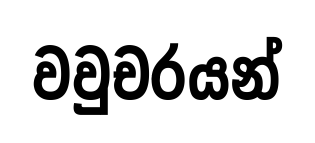
වවුචරයන්